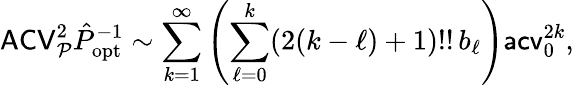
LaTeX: \mathsf{ACV}_{\mathcal P}^{2}\hat{P}_{\mathrm{opt}}^{-1}\sim\sum_{k=1}^{\infty}\left(\sum_{\ell=0}^{k}(2(k-\ell)+1)!!\, b_{\ell}\right)\mathsf{acv}_{0}^{2k},